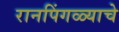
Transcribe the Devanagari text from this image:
रानपिंगळ्याचे